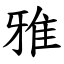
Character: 雅